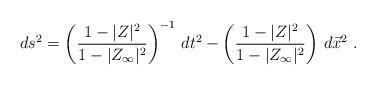
LaTeX: \begin{align*}ds^2 = \left({1-|Z|^2\over 1-|Z_\infty|^2}\right)^{-1}\, dt^2 -\left({1-|Z|^2\over 1-|Z_\infty|^2}\right)\,d\vec x^2 \ .\end{align*}